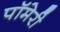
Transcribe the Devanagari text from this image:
पॉमेरी